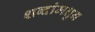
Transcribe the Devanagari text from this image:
शब्दांमधुन